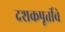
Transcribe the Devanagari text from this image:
दशकपूर्तीचे